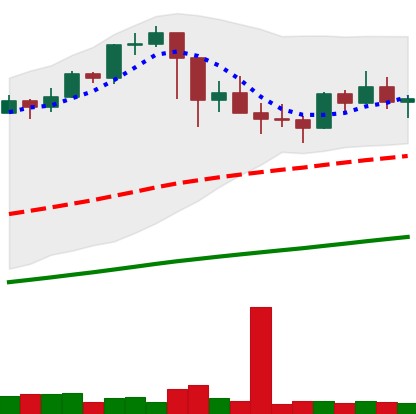
Ticker: BTC-USD
Chart end date: 2021-03-05
Forward return: 14.473%
Label: up_7plus